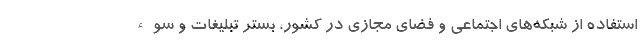
استفاده از شبکه‌های اجتماعی و فضای مجازی در کشور، بستر تبلیغات و سوء